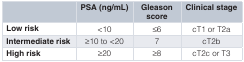
|  | PSA (ng/mL) | Gleasonscore | Clinical stage |
 | --- | --- | --- | --- |
 | Low risk | <10 | ≤6 | cT1 or T2a |
 | Intermediate risk | ≥10 to <20 | 7 | cT2b |
 | High risk | ≥20 | ≥8 | cT2c or T3 |